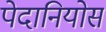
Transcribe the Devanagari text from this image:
पेदानियोस